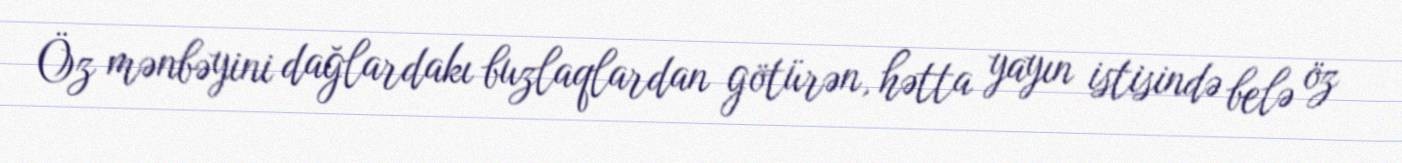
Öz mənbəyini dağlardakı buzlaqlardan götürən, hətta yayın istisində belə öz